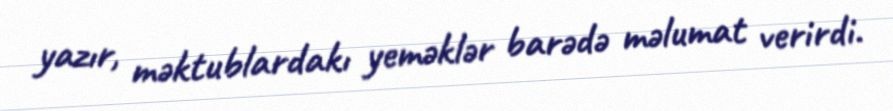
yazır, məktublardakı yeməklər barədə məlumat verirdi.